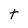
Character: t